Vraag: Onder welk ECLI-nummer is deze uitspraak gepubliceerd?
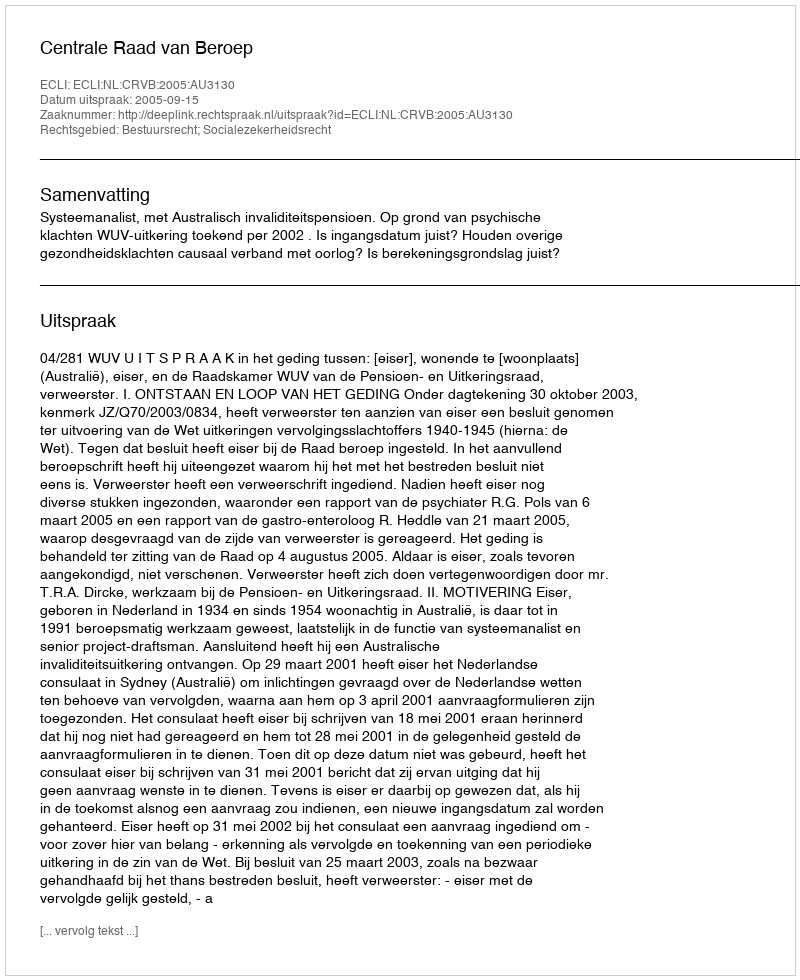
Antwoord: ECLI:NL:CRVB:2005:AU3130